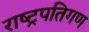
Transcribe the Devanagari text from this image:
राष्ट्रपतिगण